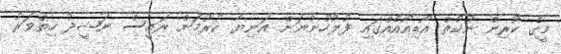
މީގެ ކުރިން ނުކުތް އޯޑިއޯއެއްގައި ފުލުހުންނަށް އަނިޔާ ކުރުމަށް ރައީސް ނަޝީދު ހިތްވަރު